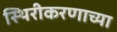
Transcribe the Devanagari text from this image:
स्थिरीकरणाच्या